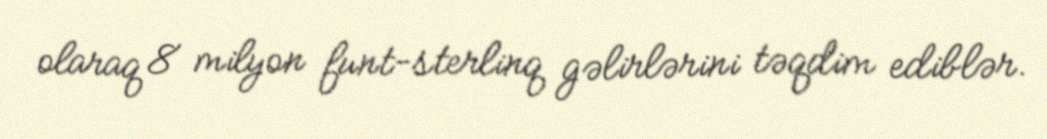
olaraq 8 milyon funt-sterlinq gəlirlərini təqdim ediblər.